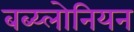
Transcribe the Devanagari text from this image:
बब्य्लोनियन